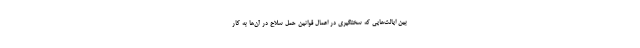
بین ایالت‌هایی که سختگیری در اعمال قوانین حمل سلاح در آن‌ها به کار